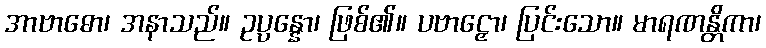
အာဗာဓော၊ အနာသည်။ ဥပ္ပန္နော၊ ဖြစ်၏။ ပဗာဠှော၊ ပြင်းသော။ မာရဏန္တိကာ၊